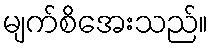
မျက်စိအေးသည်။